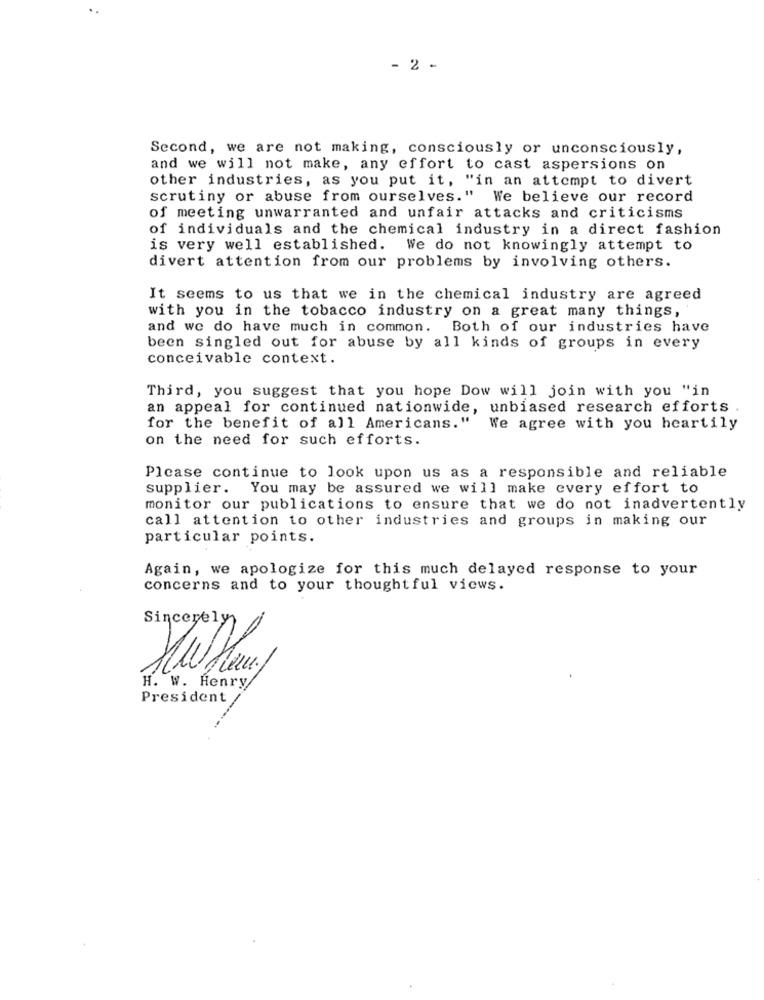
- 2 -
Second, we are not making, consciously or unconsciously,
and we will not make, any effort to cast aspersions on
other industries, as you put it, "in an attempt to divert
scrutiny or abuse from ourselves." We believe our record
of meeting unwarranted and unfair attacks and criticisms
of individuals and the chemical industry in a direct fashion
is very well established. We do not knowingly attempt to
divert attention from our problems by involving others.
It seems to us that we in the chemical industry are agreed
with you in the tobacco industry on a great many things,
and we do have much in common. Both of our industries have
been singled out for abuse by all kinds of groups in every
conceivable context.
Third, you suggest that you hope Dow will join with you "in
an appeal for continued nationwide, unbiased research efforts
for the benefit of all Americans."
We agree with you heartily
on the need for such efforts.
Please continue to look upon us as a responsible and reliable
supplier. You may be assured we will make every effort to
monitor our publications to ensure that we do not inadvertently
call attention to other industries and groups in making our
particular points.
Again, we apologize for this much delayed response to your
concerns and to your thoughtful views.
H. W. Henry
President